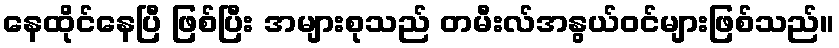
နေထိုင်နေပြီ ဖြစ်ပြီး အများစုသည် တမီးလ်အနွယ်ဝင်များဖြစ်သည်။